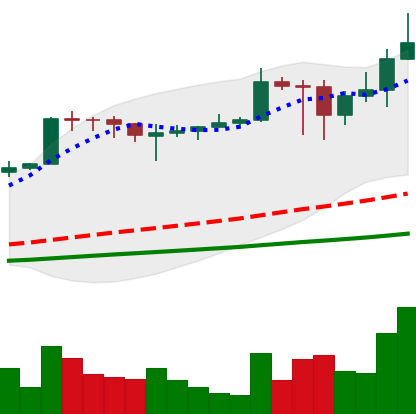
Ticker: ADA-USD
Chart end date: 2021-02-27
Forward return: -15.85%
Label: down_7plus